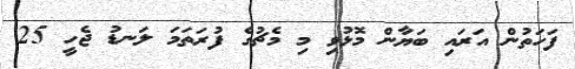
ފަހަތުން އަރައި ބަޔާން މޮޅުވި މި މެޗުގެ ފުރަތަމަ ލަނޑު ޖެހީ 25